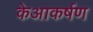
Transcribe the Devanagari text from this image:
केआकर्षण